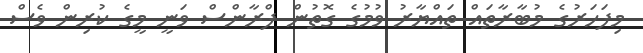
މިފަހަރުގެ މުބާރާތައް ތައްޔާރު ވުމުގެ ގޮތުން ފްރާންސް ވަނީ މީގެ ކުރިން ވެސް